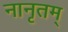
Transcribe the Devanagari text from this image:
नानृतम्